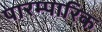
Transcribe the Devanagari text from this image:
पारम्पारिक